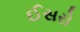
ઈસરો